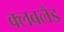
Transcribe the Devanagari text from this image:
क्लबलैंड